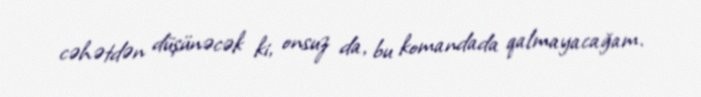
cəhətdən düşünəcək ki, onsuz da, bu komandada qalmayacağam.